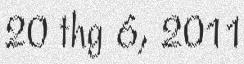
20 thg 6, 2011